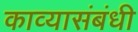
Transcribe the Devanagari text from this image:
काव्यासंबंधी